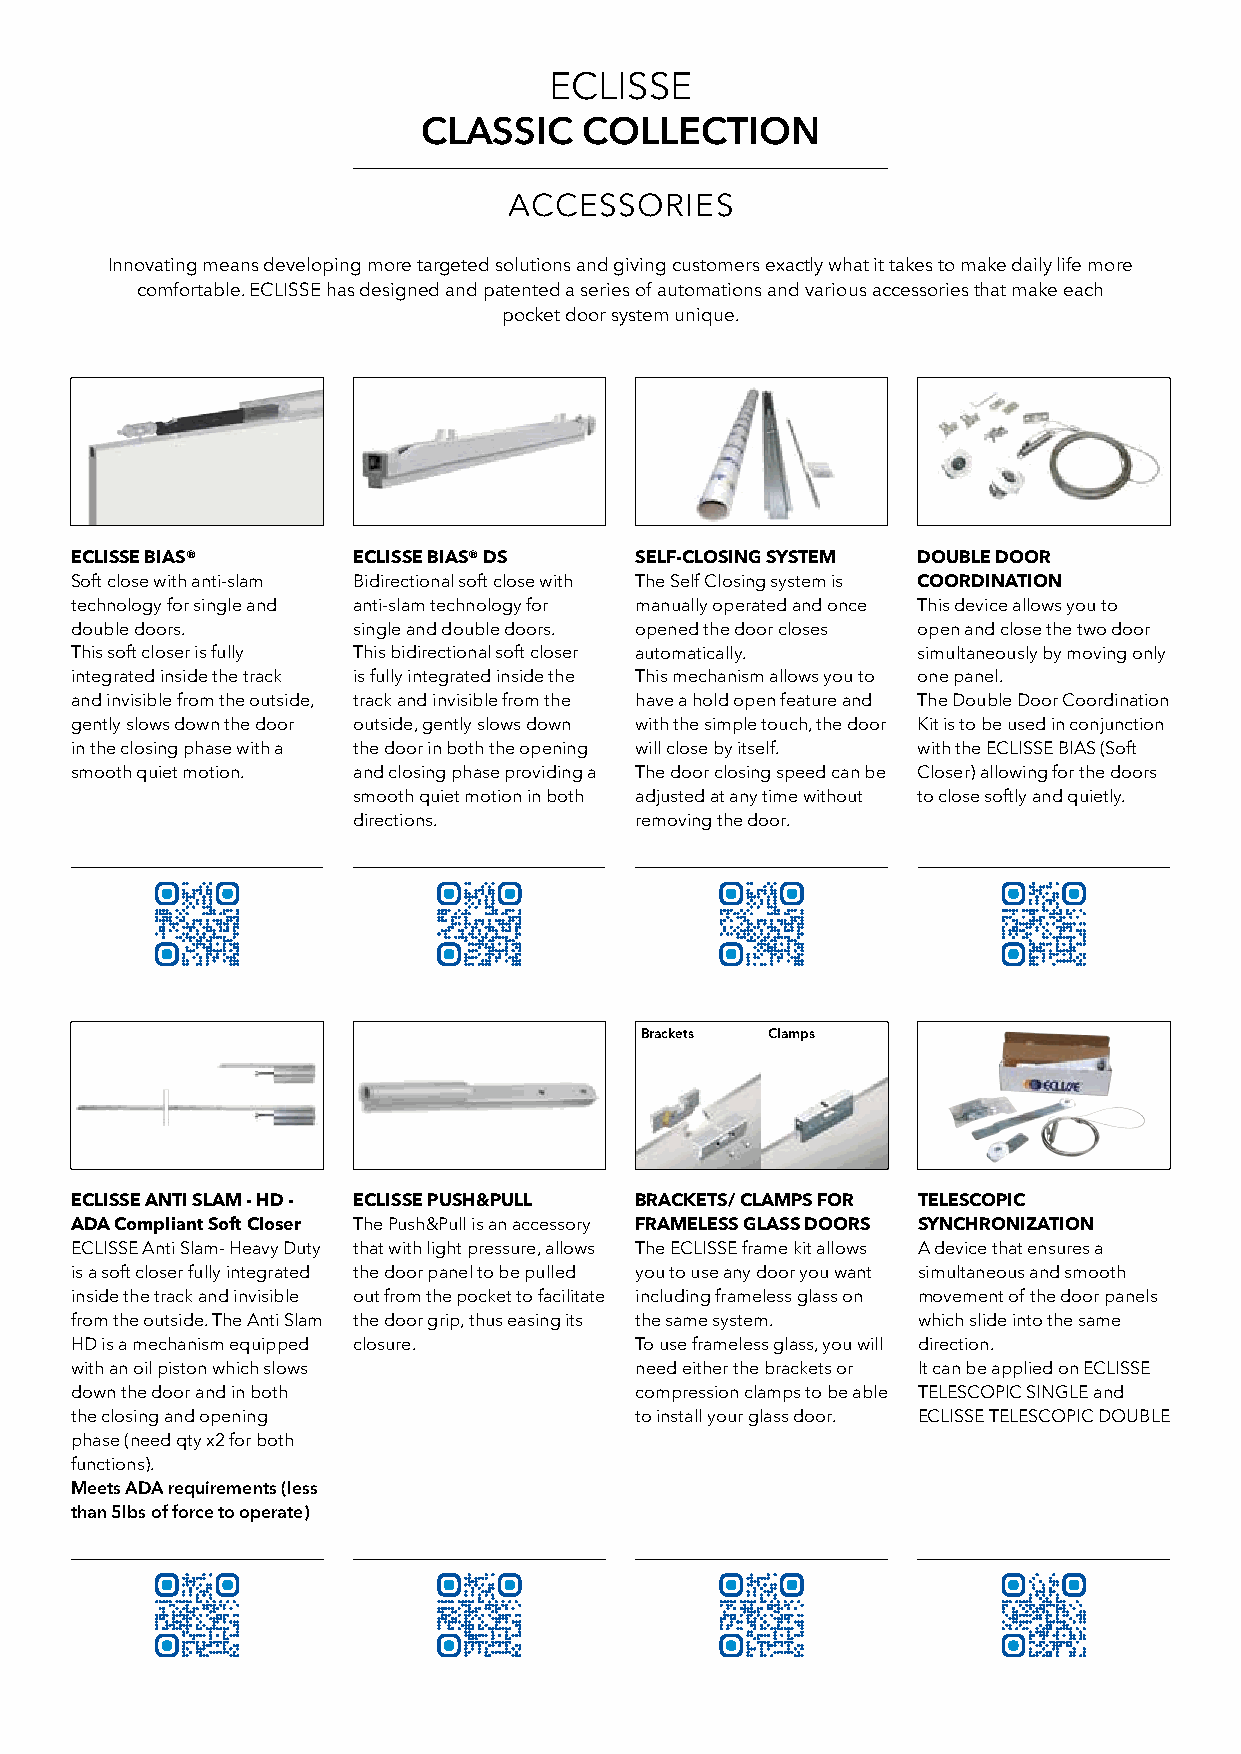
ECLISSE
 CLASSIC    COLLECTION
 ACCESSORIES
 Innovating means developing more targeted solutions and giving customers exactly what it takes to make daily life more
 comfortable. ECLISSE has designed and patented a series of automations and various accessories that make each
 pocket door system unique.
 ECLISSE BIAS®     ECLISSE BIAS® DS   SELF-CLOSING SYSTEM DOUBLE DOOR
 Soft close with anti-slam Bidirectional soft close with The Self Closing system is COORDINATION
 technology for single and anti-slam technology for manually operated and once This device allows you to
 double doors.     single and double doors. opened the door closes open and close the two door
 This soft closer is fully This bidirectional soft closer automatically. simultaneously by moving only
 integrated inside the track is fully integrated inside the This mechanism allows you to one panel.
 and invisible from the outside, track and invisible from the have a hold open feature and The Double Door Coordination
 gently slows down the door outside, gently slows down with the simple touch, the door Kit is to be used in conjunction
 in the closing phase with a the door in both the opening will close by itself. with the ECLISSE BIAS (Soft
 smooth quiet motion. and closing phase providing a The door closing speed can be Closer) allowing for the doors
 smooth quiet motion in both adjusted at any time without to close softly and quietly.
 directions.        removing the door.
 Brackets Clamps
 ECLISSE ANTI SLAM - HD - ECLISSE PUSH&PULL BRACKETS/ CLAMPS FOR TELESCOPIC
 ADA Compliant Soft Closer The Push&Pull is an accessory FRAMELESS GLASS DOORS SYNCHRONIZATION
 ECLISSE Anti Slam- Heavy Duty that with light pressure, allows The ECLISSE frame kit allows A device that ensures a
 is a soft closer fully integrated the door panel to be pulled you to use any door you want simultaneous and smooth
 inside the track and invisible out from the pocket to facilitate including frameless glass on movement of the door panels
 from the outside. The Anti Slam the door grip, thus easing its the same system. which slide into the same
 HD is a mechanism equipped closure.  To use frameless glass, you will direction.
 with an oil piston which slows       need either the brackets or It can be applied on ECLISSE
 down the door and in both            compression clamps to be able TELESCOPIC SINGLE and
 the closing and opening              to install your glass door. ECLISSE TELESCOPIC DOUBLE
 phase (need qty x2 for both
 functions).
 Meets ADA requirements (less
 than 5lbs of force to operate)